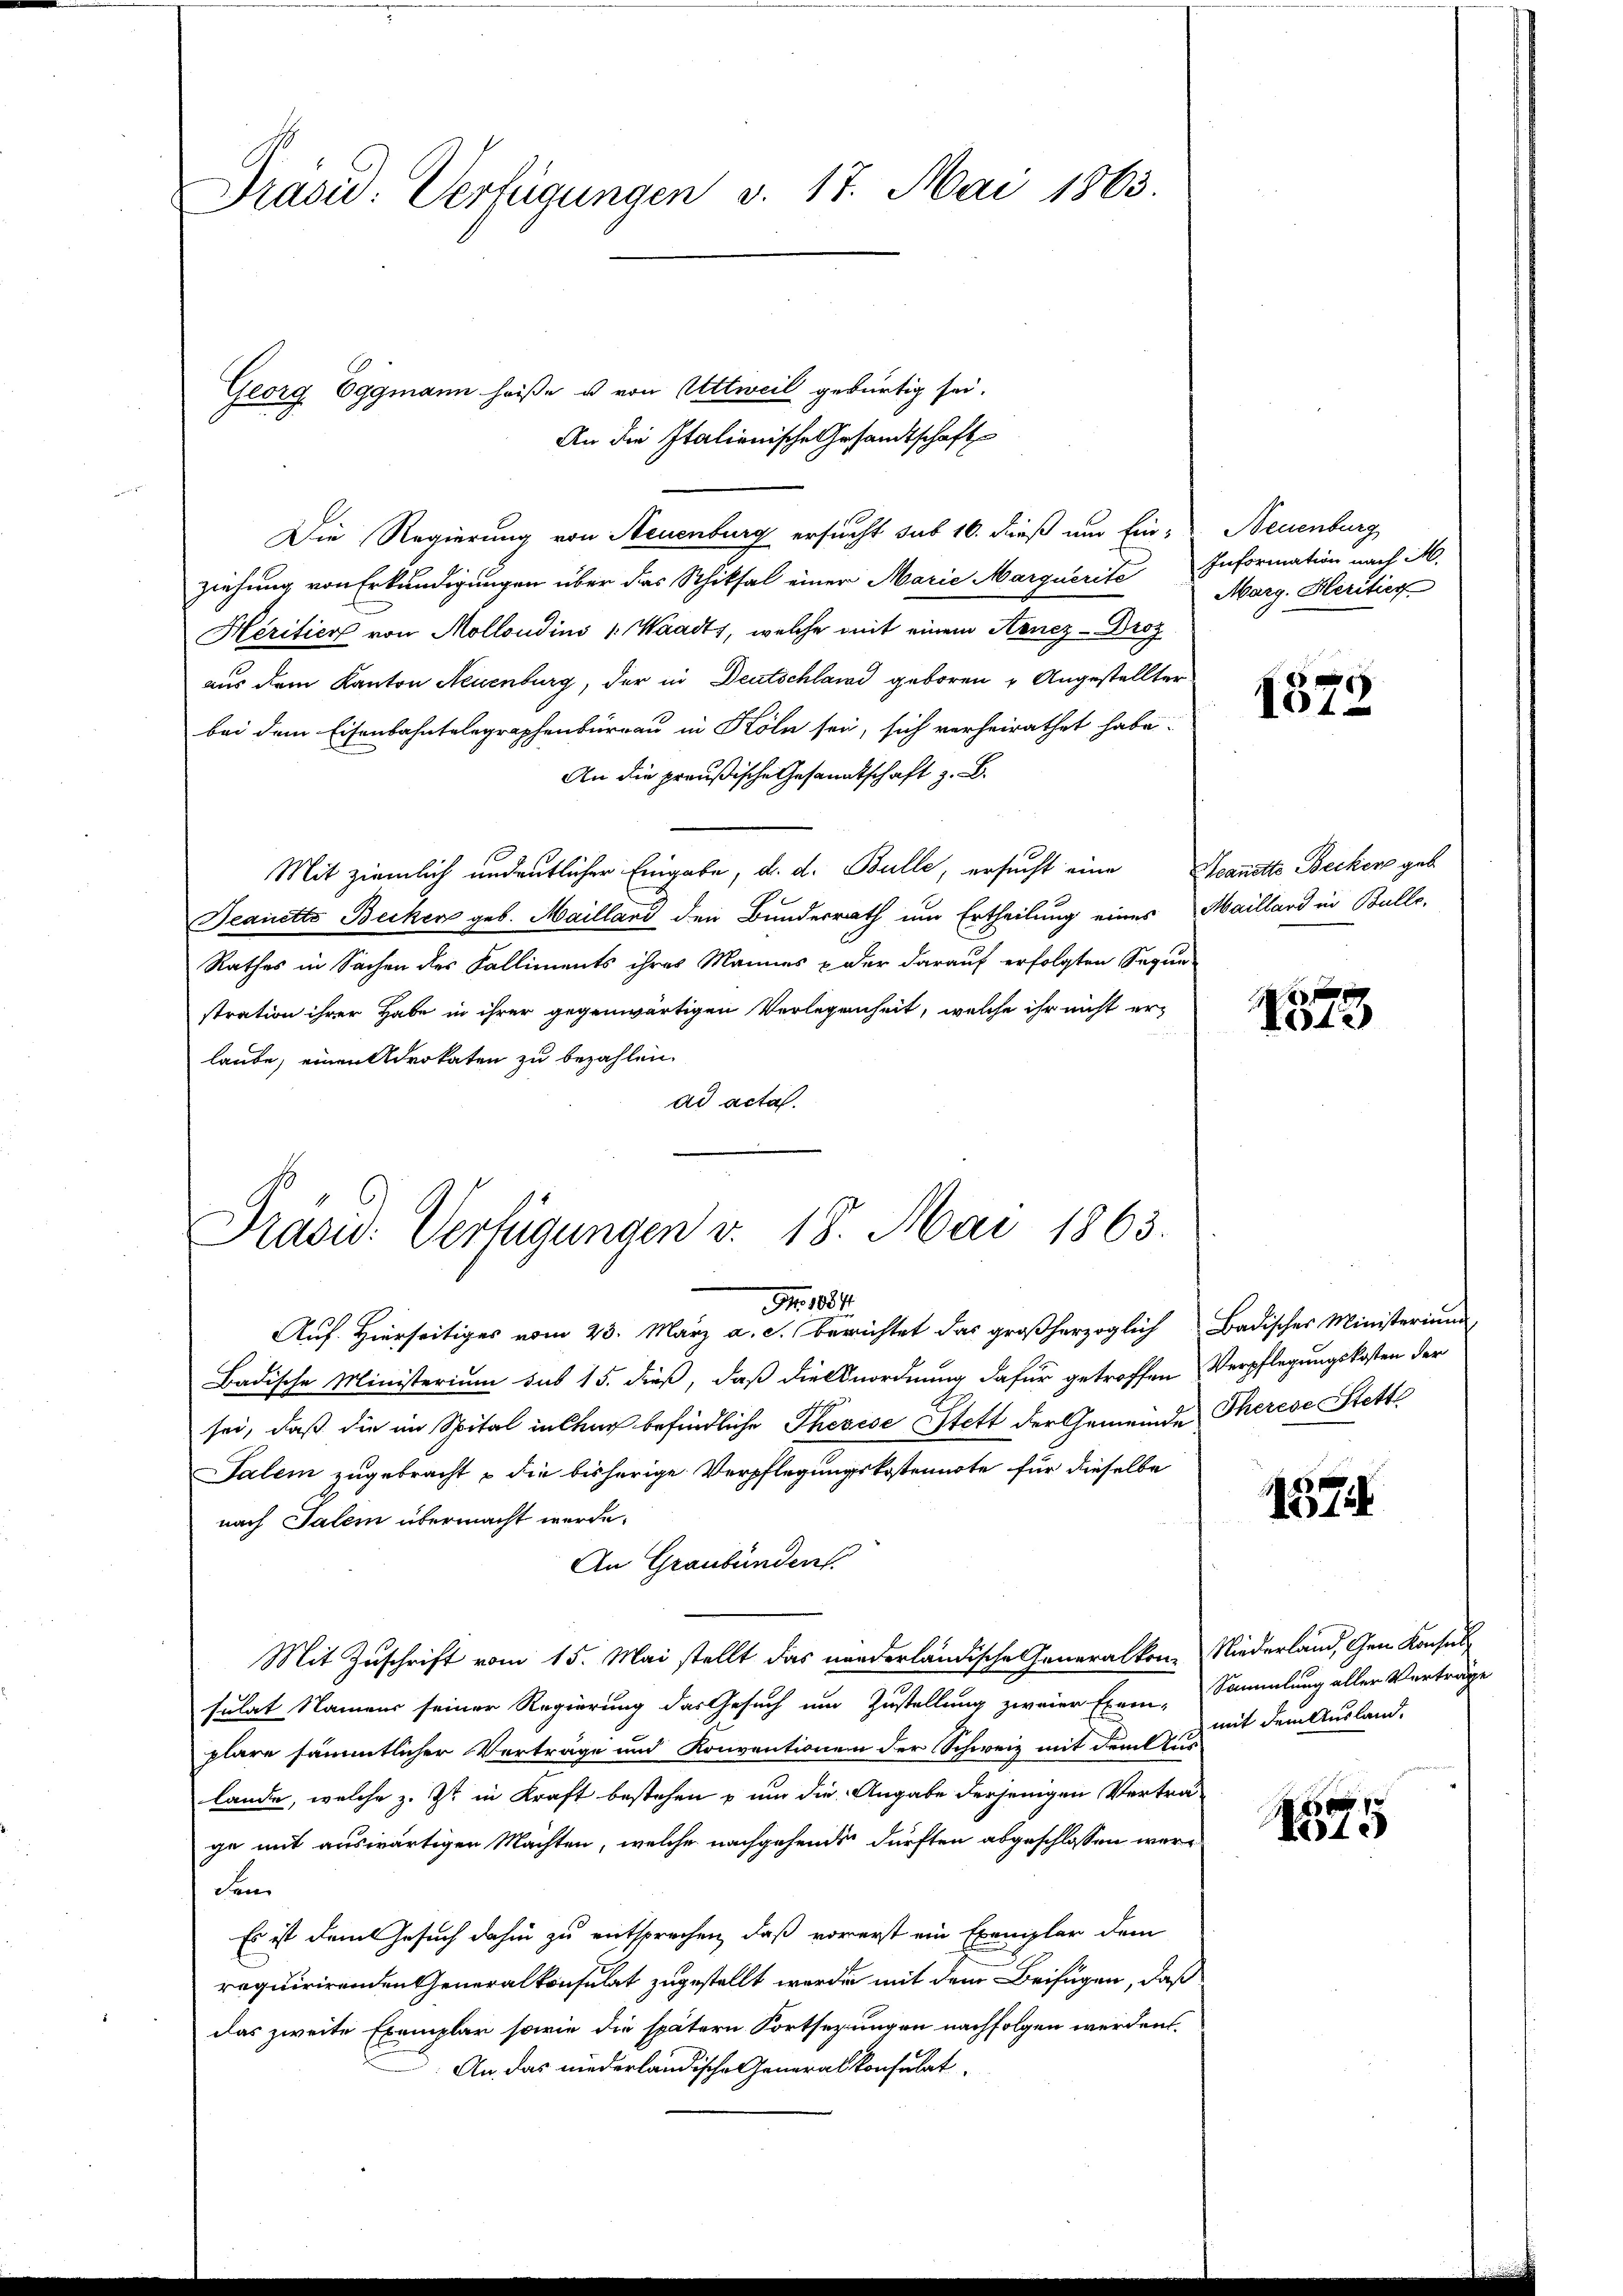
Präsid. Verfügungen v. 17. Mai 1863.

Georg Eggmann heiße u von Attweil gebürtig sei.
An die Italienische Gesandtschaft
Die Regierung von Neuenburg ersucht sub 16. dieß um Ein- Neuenburg
ziehung von Erkundigungen über das Schiksal einer Marie Marquerite Information nach M.
Héritier von Molloudius 1. Waadt, welche mit einem Aenez-Droz
aus dem Kanton Neuenburg, der in Deutschland geboren Angestellter
bei dem Eisenbahntelegraphenburgau in Köln sei, sich verheirathet habe.
An die preußische Gesandtschaft z. B.
Mit ziemlich undeutlicher Eingabe, d. d. Bulle, ersucht eine Nanette Becker geb
Deanetts Becken geb. Mailland den Bunderrath um Ertheilung eines Maillard in Bulle-
Rathes in Sachen des Kalliments ihres Mannes & der darauf erfolgten Seque
stration ihrer Habe in ihrer gegenwärtigen Verlegenheit, welche ihr nicht erlaube, einen Advokaten zu bezahlen.
ad acta.

Präsid. Verfügungen v. 18. Mai 1863.

Nr. 1884.
Auf. Hierseitiges vom 23. März a. c. berichtet das großherzoglich Badischer Ministerium
Badische Ministerium sub 15. dieß, daß die Anordnung dafür getroffen Verpflegungskosten der
sei, daß die im Spital in Chur befindliche Therese Stett der Gemeinde Therese Stette
Salem zugebracht & die bisherige Verpflegungskostennote für dieselbe
nach Salem übermacht werde.
An Graubünden
Mit Zuschrift vom 15. Mai stellt das niederländische Generalkom Niederland, Gen. Konsul
sulat Namens seiner Regierung das Gesuch um Zustellung zweier Exem-Sammlung aller Verträge
plare sämmtlicher Verträge und Konventionen der Schweiz mit dem Auslande, welche z. Zt. in Kraft bestehen u um die Angabe derjenigen Vertrage mit auswärtigen Machten, welche nachgehende dürften abgeschlossen werdem
Es ist dem Gesuch dahin zu entsprechen, daß vorerst ein Exemplar dem
requirirenden Generalkonsulat zugestellt werde mit dem Beifügen, daß
das zweite Exemplar sowie die spätern Fortsezungen nachfolgen werden.
An das niederländische Generalkonsulat

Marg. Heritier

1572

1873

157

¬
No 15

mit dem Ausland.